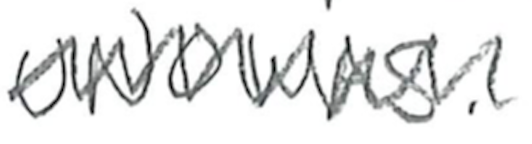
Text: UNOWAS.
Cross-out: zig-zag
Writing tool: pencil